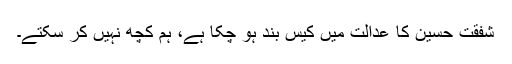
شفقت حسین کا عدالت میں کیس بند ہو چکا ہے، ہم کچھ نہیں کر سکتے۔